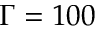
\Gamma = 1 0 0